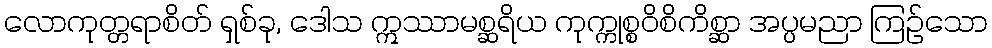
လောကုတ္တရာစိတ် ရှစ်ခု, ဒေါသ ဣဿာမစ္ဆရိယ ကုက္ကုစ္စဝိစိကိစ္ဆာ အပ္ပမညာ ကြဉ်သော